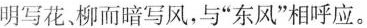
明写花、柳而暗写风，与“东风”相呼应。